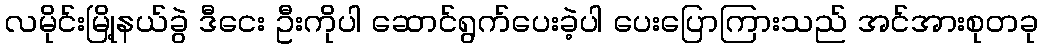
လမိုင်းမြို့နယ်ခွဲ ဒီငေး ဦးကိုပါ ဆောင်ရွက်ပေးခဲ့ပါ ပေးပြောကြားသည် အင်အားစုတခု